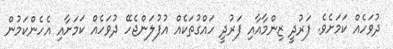
ދުވަހެއް ކަމަށެވެ. ފަރުދީ ޒިންމާއާއި ފަރުދީ ހައްގުތަކެއް އުފުލަންޖެހޭ ދުވަހެއް ކަމަށާއި އެހެންކަމުން